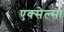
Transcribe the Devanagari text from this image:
एक्सेल्सा